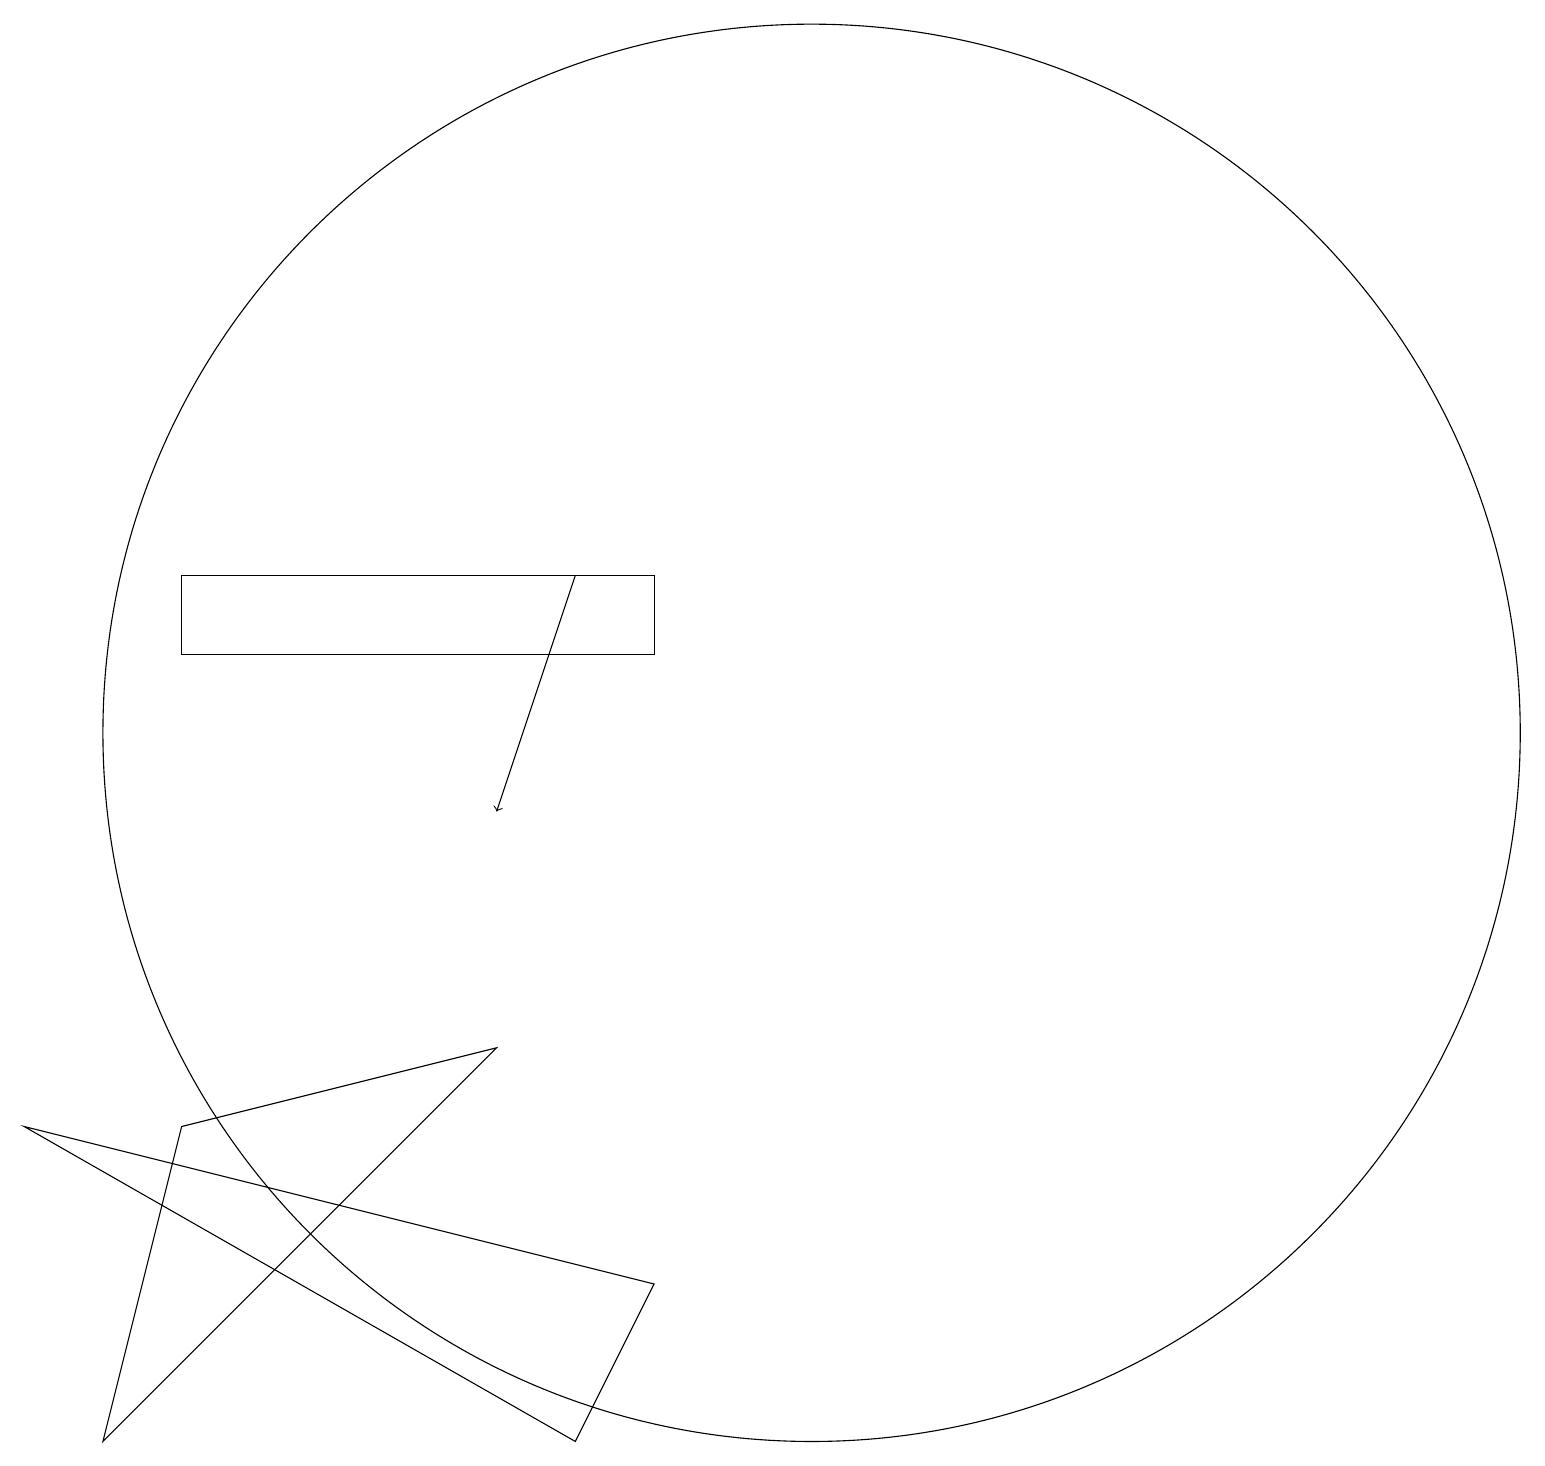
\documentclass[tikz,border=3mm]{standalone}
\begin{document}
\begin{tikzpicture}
\draw (1,7) -- (8,3) -- (9,5) -- cycle;
\draw (9,13) rectangle (3,14);
\draw (3,7) -- (7,8) -- (2,3) -- cycle;
\draw[->] (8,14) -- (7,11);
\draw (11,12) circle (9);
\draw (11,10) circle (0);
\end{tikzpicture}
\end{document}